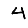
Digit: 4